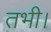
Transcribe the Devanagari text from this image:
तभी।